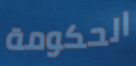
الحكومة